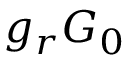
g _ { r } G _ { 0 }